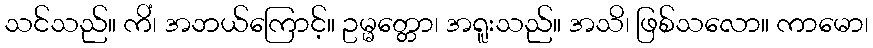
သင်သည်။ ကိံ၊ အဘယ်ကြောင့်။ ဥမ္မတ္တော၊ အရူးသည်။ အသိ၊ ဖြစ်သလော။ ကာမော၊